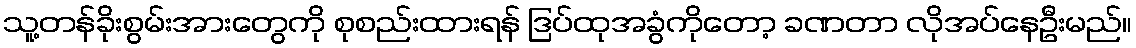
သူ့တန်ခိုးစွမ်းအားတွေကို စုစည်းထားရန် ဒြပ်ထုအခွံကိုတော့ ခဏတာ လိုအပ်နေဦးမည်။